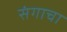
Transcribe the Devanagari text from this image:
संगाचा